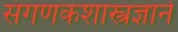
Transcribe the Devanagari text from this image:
संगणकशास्त्रज्ञाने